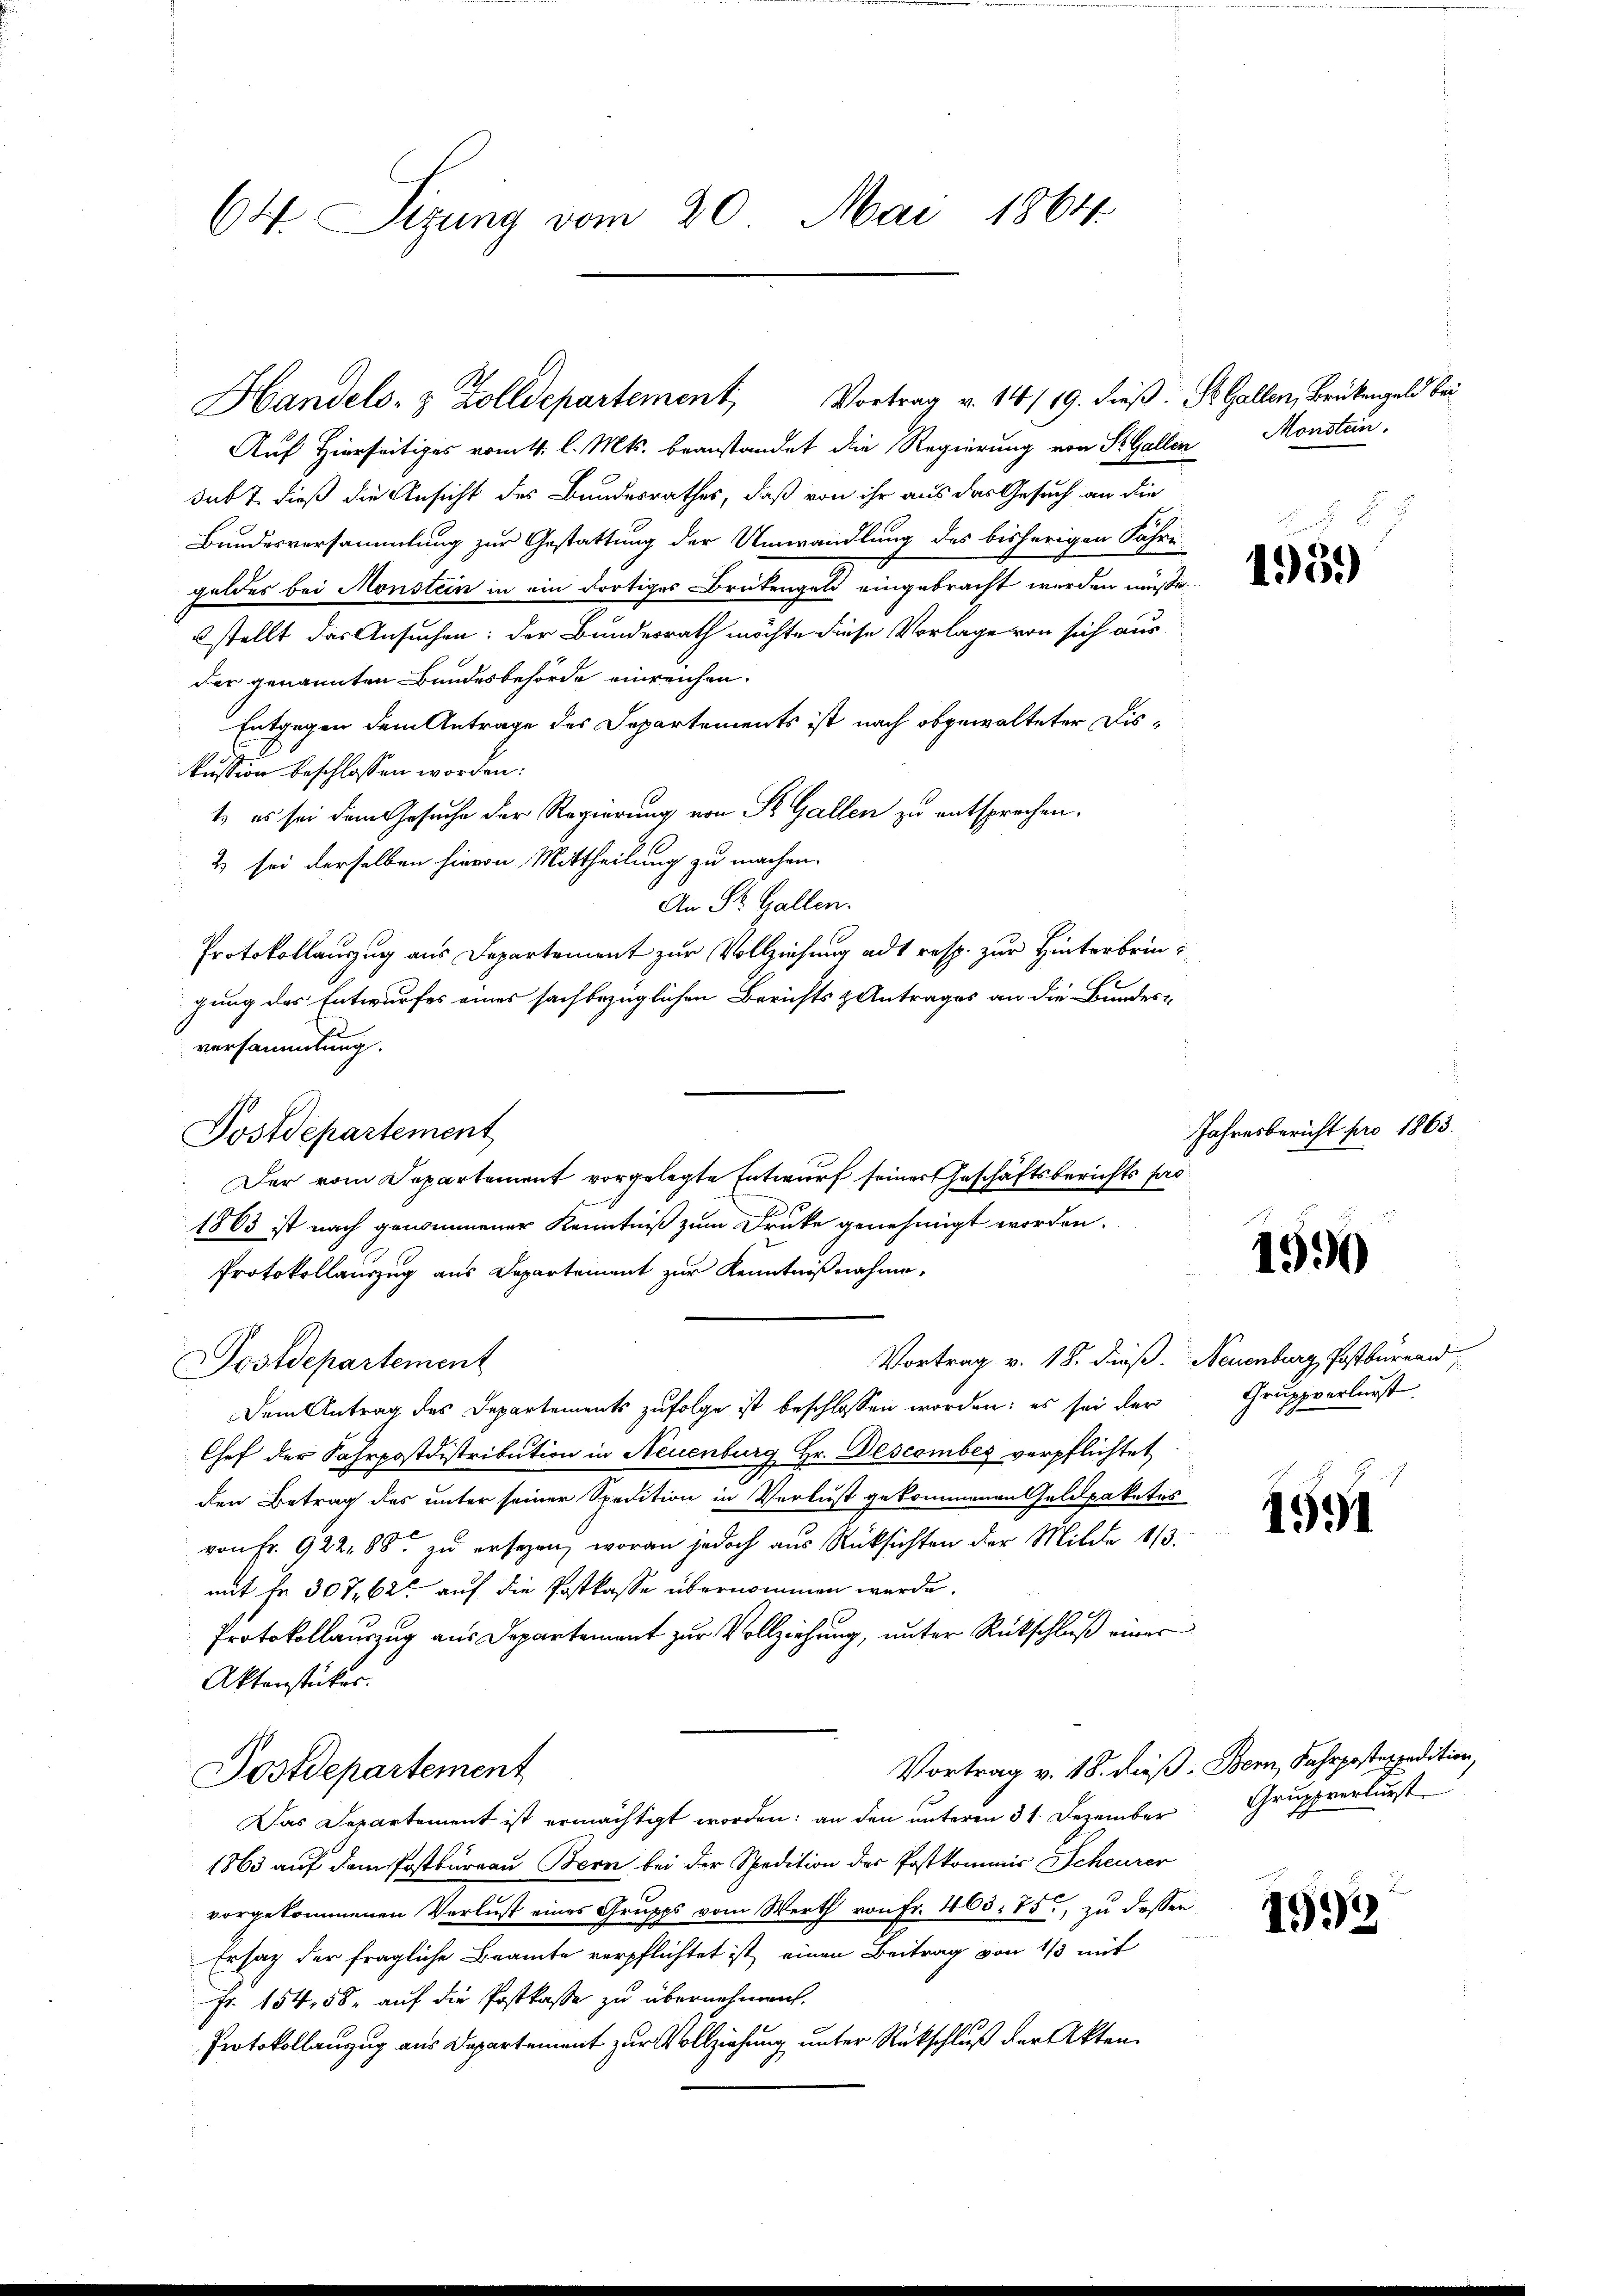
64. Sizung vom 20. Mai 1864

Auf Hierseitiges vom 4. l. Mts. beanstandet die Regierung von St. Gallen Monstein,
sub 7. dieß die Ansicht des Bundesrathes, daß von ihr aus das Gesuch an die
Bundesversammlung zur Gestattung der Umwandlung des bisherigen Fähre
geldes bei Monstein in ein dortiges Brütengeld eingebracht werden müsse.
stellt das Ansuchen: der Bundesrath möchte diese Vorlage von sich aus
der genannten Bundesbehörde einreichen.
Entgegen dem Antrage des Departements ist nach obgewalteter Diskussion beschlossen worden:
t. es sei dem Gesuche der Regierung von St. Gallen zu entsprechen.
2 sei derselben hievon Mittheilung zu machen.
An St. Gallen.
Protokollauszug aus Departement zur Vollziehung ad resp. zur Hinterbringung des Entwurfes eines sachbezüglichen Berichts & Antrages an die Bundes-
versammlung.
Der vom Separtement vorgelegte Entwurf seiner Geschäftsberichts pro
1863 ist nach genommener Kenntniß zum Druke genehmigt worden.
Protokollauszug aus Departement zur Kenntnißnahme,
Vortrag v. 18. dieß. Neuenburg Postbureau,
Postdepartement
Dem Antrag des Departements zufolge ist beschlossen worden; es sei der Gruppverlurst
Chef der Fahrpostdistribution in Neuenburg Hr. Descomber verpflichtet
den Betrag des unter seiner Spedition in Verlust gekommenen Geldpaketes
von Fr. 922, 88 zu ersezen, woran jedoch aus Rücksichten der Milde 1/3.
mit fr. 307. 62 auf die Postkasse übernommen werde.
Protokollauszug aus Departement zur Vollziehung, unter Rückschluß einer
Aktenstückes.
Vortrag v. 18. dieß. Bern, Fahrpostexpedition,
Postdepartement
Das Departement ist ermächtigt worden; an den unteren 31. Dezember
1863 auf dem Postbureau Bern bei der Spedition der Postkommis Scheurer
vorgekommenen Verlust eines Grupps vom Werth von Fr. 465. 750, zu dessen
Ersatz der fragliche Beamte verpflichtet ist, einen Beitrag von 1/3 mit
Fr. 154, 58, auf die Postkasse zu übernehmen.
Protokollanzug aus Departement zur Vollziehung unter Rückschluß der Akten¬

Postdepartement

Handels- & Zolldepartement Vortrag v. 14/19. dieß. St. Gallen, Brückengeld bei

E
1959

Jahresbericht pro 1863.

1990

1991

1993

Gruppverlurst